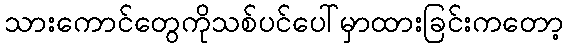
သားကောင်တွေကိုသစ်ပင်ပေါ်မှာထားခြင်းကတော့